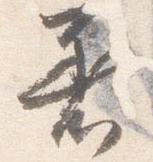
着